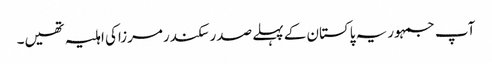
آپ جمہوریہ پاکستان کے پہلے صدرسکندرمرزاکی اہلیہ تھیں۔